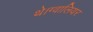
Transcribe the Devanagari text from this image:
थे।ग्वालियर